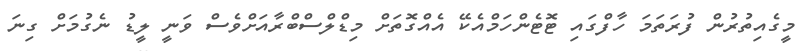
މީގެއިތުރުން ފުރަތަމަ ހާފްގައި ޓޮޓެންހަމްއެކޭ އެއްގޮތަށް މިޑްލްސްބްރާއަށްވެސް ވަނީ ލީޑު ނެގުމަށް ގިނަ